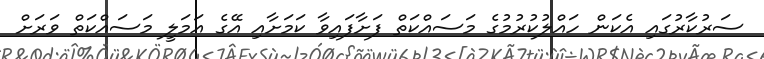
ސަރުކާރުގައި އެކަން ހައްލުކުރުމުގެ މަސައްކަތް ފަށާފައިވާ ކަމަށާއި އޭގެ އަމަލީ މަސައްކަތް ވަރަށް